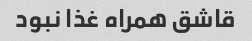
قاشق همراه غذا نبود